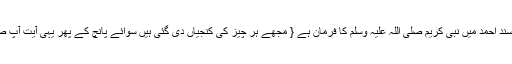
۱؎ (صحیح بخاری:1039) مسند احمد میں نبی کریم صلی اللہ علیہ وسلم کا فرمان ہے { مجھے ہر چیز کی کنجیاں دی گئی ہیں سوائے پانچ کے پھر یہی آیت آپ صلی اللہ علیہ وسلم نے پڑھی } ۔